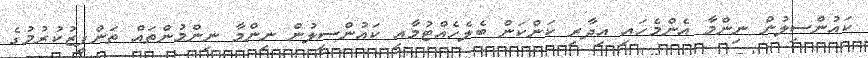
ކައުންސިލުން ނިންމާ އެންމެހައި އިދާރި ކަންކަން ބެލެހެއްޓުމާއި ކައުންސިލުން ނިންމާ ނިންމުންތައް ތަންފީޒުކުރުމުގެ